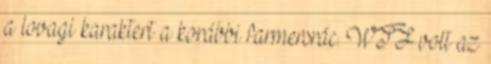
a lovagi karaktert a korábbi farmersrác. WTF volt az